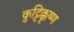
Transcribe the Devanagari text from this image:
कुट्टिक्कृष्ण